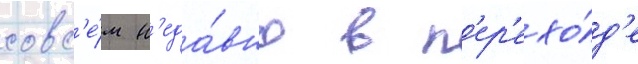
совс'е́м н'еда́вно в п'ер'ехо́д'е